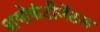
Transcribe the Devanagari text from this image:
बायोकंटीनेंटल